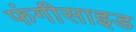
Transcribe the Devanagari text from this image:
फंगीसाइड